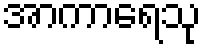
အာကာရေသု